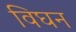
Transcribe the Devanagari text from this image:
विघन